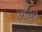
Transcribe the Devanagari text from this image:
आचुत्त